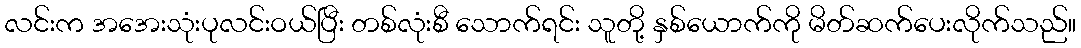
လင်းက အအေးသုံးပုလင်းဝယ်ပြီး တစ်လုံးစီ သောက်ရင်း သူတို့ နှစ်ယောက်ကို မိတ်ဆက်ပေးလိုက်သည်။